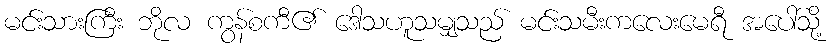
မင်းသားကြီး ဘိုလ ကွန်စကီ၏ ဒေါသဟူသမျှသည် မင်းသမီးကလေးမေရီ အပေါ်သို့